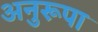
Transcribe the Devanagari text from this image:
अनुरूपा